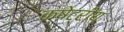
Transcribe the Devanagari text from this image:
क्षेट्रीय